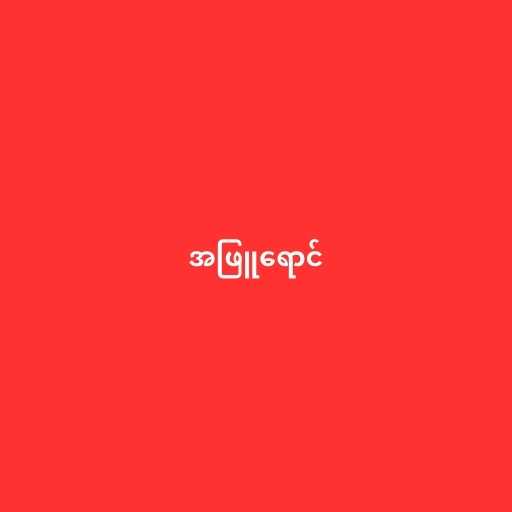
အဖြူရောင်